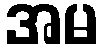
အမ